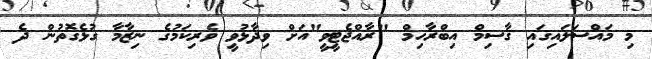
މި މައްސަލައިގައި ޤާސިމް އިބްރާހިމް "ރާއްޖެޓީވީ"އަށް ވިދާޅުވީ ވެރިކަމުގެ ނިޒާމާ ގުޅެގޮތުން ދެ